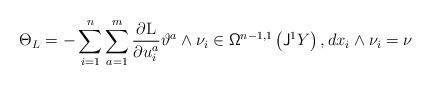
LaTeX: \begin{align*}\Theta_L=-\sum_{i=1}^n\sum_{a=1}^m\frac{\partial {\rm L}}{\partial u_i^a}\vartheta^a\wedge\nu_i\in {\mathsf{\Omega}}^{n-1,1}\left({\sf J}^1Y\right),dx_i\wedge \nu_i=\nu\end{align*}